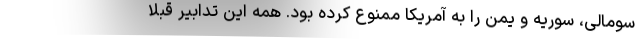
سومالی، سوریه و یمن را به آمریکا ممنوع کرده بود. همه این تدابیر قبلا